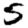
Digit: 5